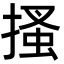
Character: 搔